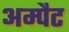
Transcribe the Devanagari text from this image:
अम्पैट